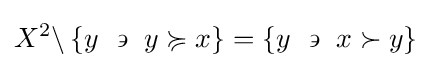
X^{2}\backslash \left\{y~\backepsilon ~y\succcurlyeq x\right\}=\left\{y~\backepsilon ~x\succ y\right\}